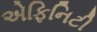
એફિનિટી